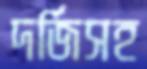
দর্জিসহ